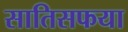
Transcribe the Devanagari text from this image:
सातिसफया